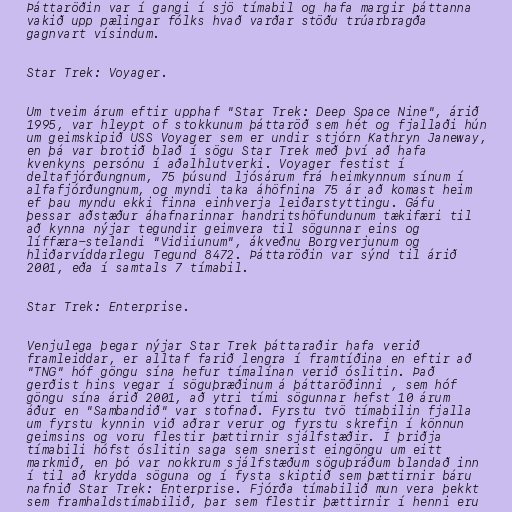
Þáttaröðin var í gangi í sjö tímabil og hafa margir þáttanna
vakið upp pælingar fólks hvað varðar stöðu trúarbragða
gagnvart vísindum.

Star Trek: Voyager.

Um tveim árum eftir upphaf "Star Trek: Deep Space Nine", árið
1995, var hleypt of stokkunum þáttaröð sem hét og fjallaði hún
um geimskipið USS Voyager sem er undir stjórn Kathryn Janeway,
en þá var brotið blað í sögu Star Trek með því að hafa
kvenkyns persónu í aðalhlutverki. Voyager festist í
deltafjórðungnum, 75 þúsund ljósárum frá heimkynnum sínum í
alfafjórðungnum, og myndi taka áhöfnina 75 ár að komast heim
ef þau myndu ekki finna einhverja leiðarstyttingu. Gáfu
þessar aðstæður áhafnarinnar handritshöfundunum tækifæri til
að kynna nýjar tegundir geimvera til sögunnar eins og
líffæra-stelandi "Vidiiunum", ákveðnu Borgverjunum og
hliðarvíddarlegu Tegund 8472. Þáttaröðin var sýnd til árið
2001, eða í samtals 7 tímabil.

Star Trek: Enterprise.

Venjulega þegar nýjar Star Trek þáttaraðir hafa verið
framleiddar, er alltaf farið lengra í framtíðina en eftir að
"TNG" hóf göngu sína hefur tímalínan verið óslitin. Það
gerðist hins vegar í söguþræðinum á þáttaröðinni , sem hóf
göngu sína árið 2001, að ytri tími sögunnar hefst 10 árum
áður en "Sambandið" var stofnað. Fyrstu tvö tímabilin fjalla
um fyrstu kynnin við aðrar verur og fyrstu skrefin í könnun
geimsins og voru flestir þættirnir sjálfstæðir. Í þriðja
tímabili hófst óslitin saga sem snerist eingöngu um eitt
markmið, en þó var nokkrum sjálfstæðum söguþráðum blandað inn
í til að krydda söguna og í fysta skiptið sem þættirnir báru
nafnið Star Trek: Enterprise. Fjórða tímabilið mun vera þekkt
sem framhaldstímabilið, þar sem flestir þættirnir í henni eru